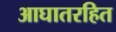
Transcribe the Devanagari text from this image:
आघातरहित